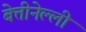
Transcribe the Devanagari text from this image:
बेत्तीनेल्ली